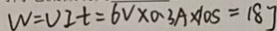
W = V I t = 6 V \times 0 . 3 A \times 1 0 s = 1 8 J